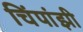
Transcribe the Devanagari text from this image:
चिंपांझी